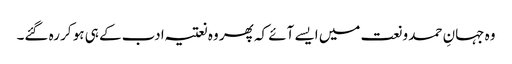
وہ جہانِ حمد و نعت میں ایسے آئے کہ پھر وہ نعتیہ ادب کے ہی ہو کر رہ گئے۔